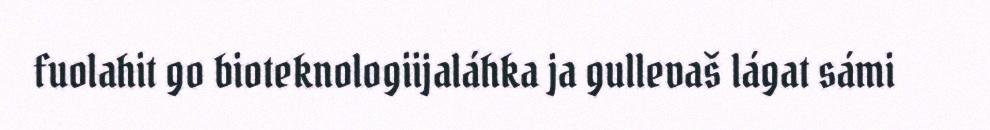
fuolahit go bioteknologiijaláhka ja gullevaš lágat sámi